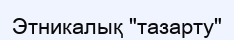
Этникалық "тазарту"